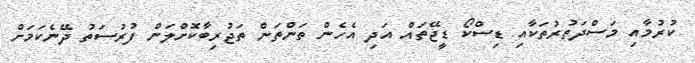
ކުރުމާއި މަސްދަތުރުތަކާއި ޑިސްކޯ ޑީޖޭތައް އަދި އެހެން ތަންތަން ތަޖުރިބާކޮށްލަން ފުރުސަތު ދޭނެކަމަށް